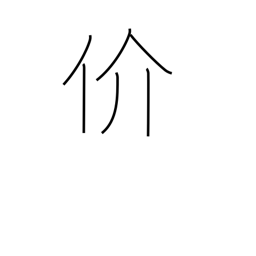
Meaning: man with shellfish kanji